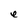
Character: e